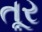
તૂર